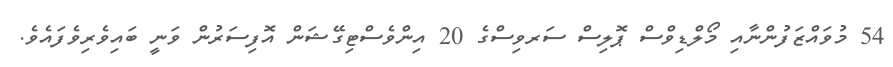
54 މުވައްޒަފުންނާއި މޯލްޑިވްސް ޕޮލިސް ސަރވިސްގެ 20 އިންވެސްޓިގޭޝަން އޮފިސަރުން ވަނީ ބައިވެރިވެފައެވެ.